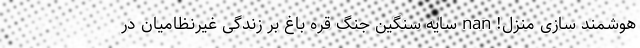
هوشمند سازی منزل! nan سایه سنگین جنگ قره باغ بر زندگی غیرنظامیان در